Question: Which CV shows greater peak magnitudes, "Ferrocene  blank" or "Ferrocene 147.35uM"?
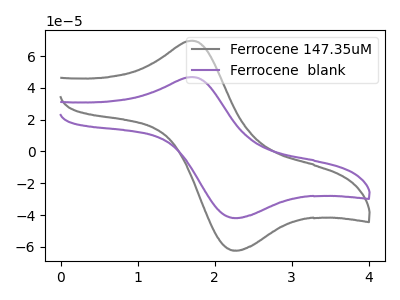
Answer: <think>The gray curve "Ferrocene 147.35uM" has an anodic peak at (1.70V, 69.65uA) and a cathodic peak at (2.30V, -62.30uA). The purple curve "Ferrocene  blank" has an anodic peak at (1.70V, 46.80uA) and a cathodic peak at (2.30V, -41.85uA).</think>
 <answer>Every peak in "Ferrocene  blank" is lower than every peak in "Ferrocene 147.35uM".</answer>
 <eval>lower</eval>